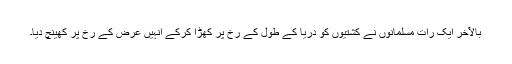
بالآخر ایک رات مسلمانوں نے کشتیوں کو دریا کے طول کے رخ پر کھڑا کرکے انہیں عرض کے رخ پر کھینچ دیا۔